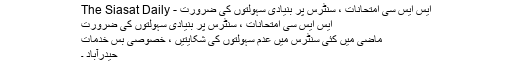
ایس ایس سی امتحانات ، سنٹرس پر بنیادی سہولتوں کی ضرورت - The Siasat Daily
ایس ایس سی امتحانات ، سنٹرس پر بنیادی سہولتوں کی ضرورت
ماضی میں کئی سنٹرس میں عدم سہولتوں کی شکایتیں ، خصوصی بس خدمات
حیدرآباد ۔